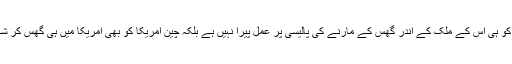
ہمارا اندازہ تو یہ ہے کہ چین صرف بھارت کو ہی اُس کے ملک کے اندر گھس کے مارنے کی پالیسی پر عمل پیرا نہیں ہے بلکہ چین امریکا کو بھی امریکا میں ہی گھس کر شکست سے دوچار کرنے کا ارادہ رکھتا ہے ۔